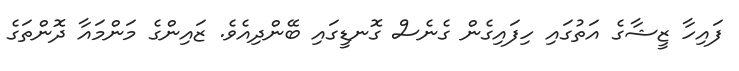
ފައިހާ ޒީޝާގެ އަތުގައި ހިފައިގެން ގެނެސް ގޮނޑީގައި ބޭންދިއެވެ. ޒައިންގެ މަންމައާ ދޮންތަގެ